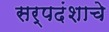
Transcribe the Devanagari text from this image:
सर्पदंशाचे